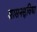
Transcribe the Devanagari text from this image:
शासनसुविधा